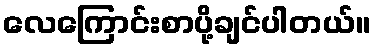
လေကြောင်းစာပို့ချင်ပါတယ်။